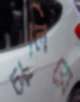
চালিয়ে